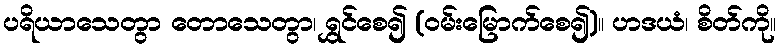
ပရိယာသေတွာ တောသေတွာ၊ ရွှင်စေ၍ (ဝမ်းမြောက်စေ၍)။ ဟဒယံ၊ စိတ်ကို။